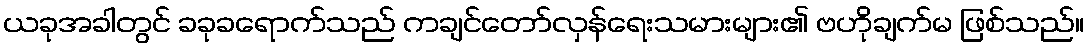
ယခုအခါတွင် ခခုခရောက်သည် ကချင်တော်လှန်ရေးသမားများ၏ ဗဟိုချက်မ ဖြစ်သည်။